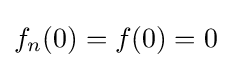
f_{n}(0)=f(0)=0